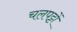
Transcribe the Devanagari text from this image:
चलपट्टों